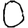
Digit: 0